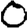
Digit: 0